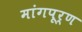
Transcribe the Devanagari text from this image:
मांगपूर्ण